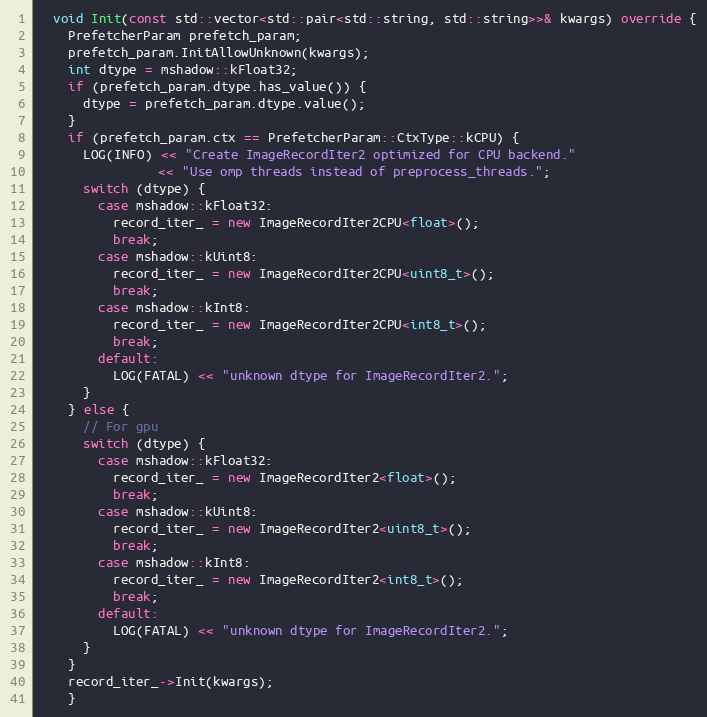
Language: C++
  void Init(const std::vector<std::pair<std::string, std::string>>& kwargs) override {
    PrefetcherParam prefetch_param;
    prefetch_param.InitAllowUnknown(kwargs);
    int dtype = mshadow::kFloat32;
    if (prefetch_param.dtype.has_value()) {
      dtype = prefetch_param.dtype.value();
    }
    if (prefetch_param.ctx == PrefetcherParam::CtxType::kCPU) {
      LOG(INFO) << "Create ImageRecordIter2 optimized for CPU backend."
                << "Use omp threads instead of preprocess_threads.";
      switch (dtype) {
        case mshadow::kFloat32:
          record_iter_ = new ImageRecordIter2CPU<float>();
          break;
        case mshadow::kUint8:
          record_iter_ = new ImageRecordIter2CPU<uint8_t>();
          break;
        case mshadow::kInt8:
          record_iter_ = new ImageRecordIter2CPU<int8_t>();
          break;
        default:
          LOG(FATAL) << "unknown dtype for ImageRecordIter2.";
      }
    } else {
      // For gpu
      switch (dtype) {
        case mshadow::kFloat32:
          record_iter_ = new ImageRecordIter2<float>();
          break;
        case mshadow::kUint8:
          record_iter_ = new ImageRecordIter2<uint8_t>();
          break;
        case mshadow::kInt8:
          record_iter_ = new ImageRecordIter2<int8_t>();
          break;
        default:
          LOG(FATAL) << "unknown dtype for ImageRecordIter2.";
      }
    }
    record_iter_->Init(kwargs);
    }